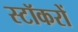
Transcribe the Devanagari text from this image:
स्टॉकरों